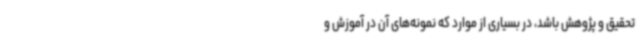
تحقیق و پژوهش باشد، در بسیاری از موارد که نمونه‌های آن در آموزش و